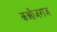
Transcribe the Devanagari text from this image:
कन्नौजराज